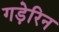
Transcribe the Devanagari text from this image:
गड़ेरिन